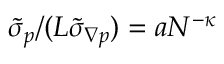
\tilde { \sigma } _ { p } / ( L \tilde { \sigma } _ { \boldsymbol { \nabla } p } ) = a N ^ { - \kappa }